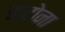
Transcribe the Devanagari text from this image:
डाटोना